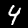
Digit: 4